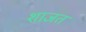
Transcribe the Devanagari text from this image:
शाजत